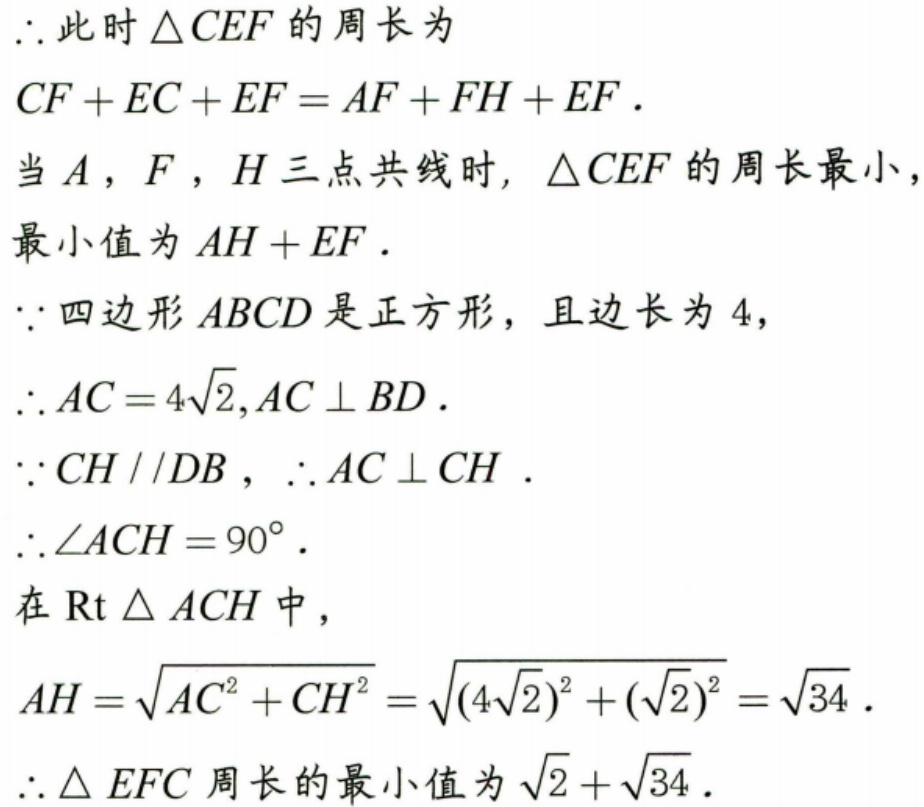
\(\therefore\) 此时 \(\triangle CEF\) 的周长为
\(CF + EC + EF=AF + FH + EF\).
当 \(A\), \(F\), \(H\) 三点共线时, \(\triangle CEF\) 的周长最小，
最小值为 \(AH + EF\).
\(\because\) 四边形 \(ABCD\) 是正方形，且边长为 \(4\)，
\(\therefore AC = 4\sqrt{2},AC\perp BD\).
\(\because CH\parallel DB\), \(\therefore AC\perp CH\).
\(\therefore\angle ACH = 90^{\circ}\).
在 \(\text{Rt}\triangle ACH\) 中，
\(AH=\sqrt{AC^{2}+CH^{2}}=\sqrt{(4\sqrt{2})^{2}+(\sqrt{2})^{2}}=\sqrt{34}\).
\(\therefore\triangle EFC\) 周长的最小值为 \(\sqrt{2}+\sqrt{34}\).